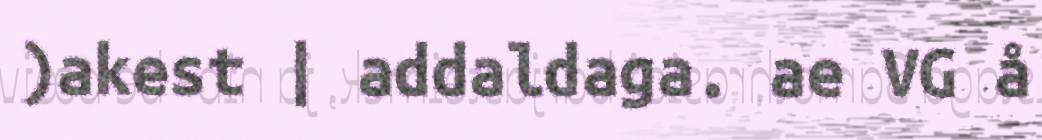
)akest | addaldaga. ae VG å